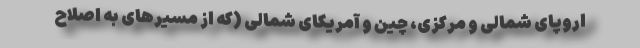
اروپای شمالی و مرکزی، چین و آمریکای شمالی (که از مسیرهای به اصلاح